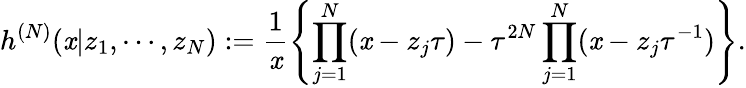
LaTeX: h^{(N)}(\mathit{x}|z_{1},\cdots,z_{N}):=\frac{{1}}{{\mathit{x}}}\left\{ \prod_{j=1}^{N}(\mathit{x}-z_{j}\tau)-\tau^{2N}\prod_{j=1}^{N}(\mathit{x}-z_{j}\tau^{-1})\right\} .